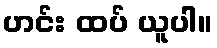
ဟင်း ထပ် ယူပါ။